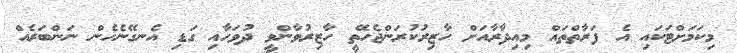
މިކަމަށްޓަކައި އެ ފަރާތްތައް މިއިދާރާއަށް ހާޒިރުކުރަންޖެހޭތީ ހާޒިރުވާންވީ ދުވަހާއި ގަޑި އެނގޭނެހެން ނަންބަރެއް